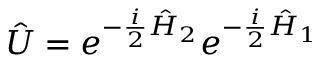
\hat { U } = e ^ { - \frac { i } { 2 } \hat { H } _ { 2 } } e ^ { - \frac { i } { 2 } \hat { H } _ { 1 } }